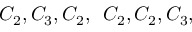
C _ { 2 } , C _ { 3 } , C _ { 2 } , \ \, C _ { 2 } , C _ { 2 } , C _ { 3 } ,